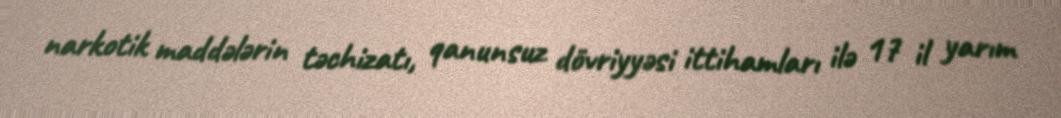
narkotik maddələrin təchizatı, qanunsuz dövriyyəsi ittihamları ilə 17 il yarım